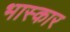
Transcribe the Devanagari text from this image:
भास्कार